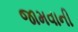
જામવાની